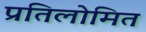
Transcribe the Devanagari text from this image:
प्रतिलोमित